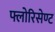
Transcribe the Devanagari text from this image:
फ्लोरिसेण्ट